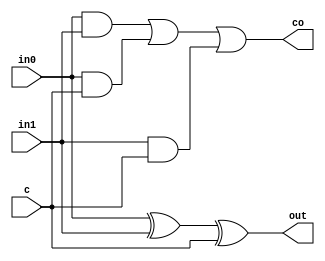
// This program was cloned from: https://github.com/lvyitian/public_personal_files
// License: Creative Commons Zero v1.0 Universal

`timescale 1ns / 1ps
//////////////////////////////////////////////////////////////////////////////////
// Company: 
// Engineer: 
// 
// Design Name: 
// Module Name: full_adder
// Project Name: 
// Target Devices: 
// Tool Versions: 
// Description: 
// 
// Dependencies: 
// 
// Revision:
// Revision 0.01 - File Created
// Additional Comments:
// 
//////////////////////////////////////////////////////////////////////////////////


module full_adder(
input in0,
input in1,
input c,
output out,
output co
    );
    assign out=in0 ^ in1 ^ c;
    assign co=in0 & in1 | in0 & c | in1 & c;
endmodule